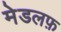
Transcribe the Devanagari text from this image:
मेडलफ़